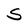
Character: S